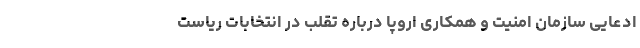
ادعایی سازمان امنیت و همکاری اروپا درباره تقلب در انتخابات ریاست